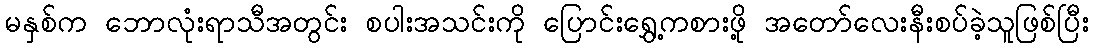
မနှစ်က ဘောလုံးရာသီအတွင်း စပါးအသင်းကို ပြောင်းရွှေ့ကစားဖို့ အတော်လေးနီးစပ်ခဲ့သူဖြစ်ပြီး